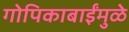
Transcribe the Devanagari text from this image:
गोपिकाबाईंमुळे